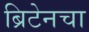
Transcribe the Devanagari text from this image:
ब्रिटेनचा